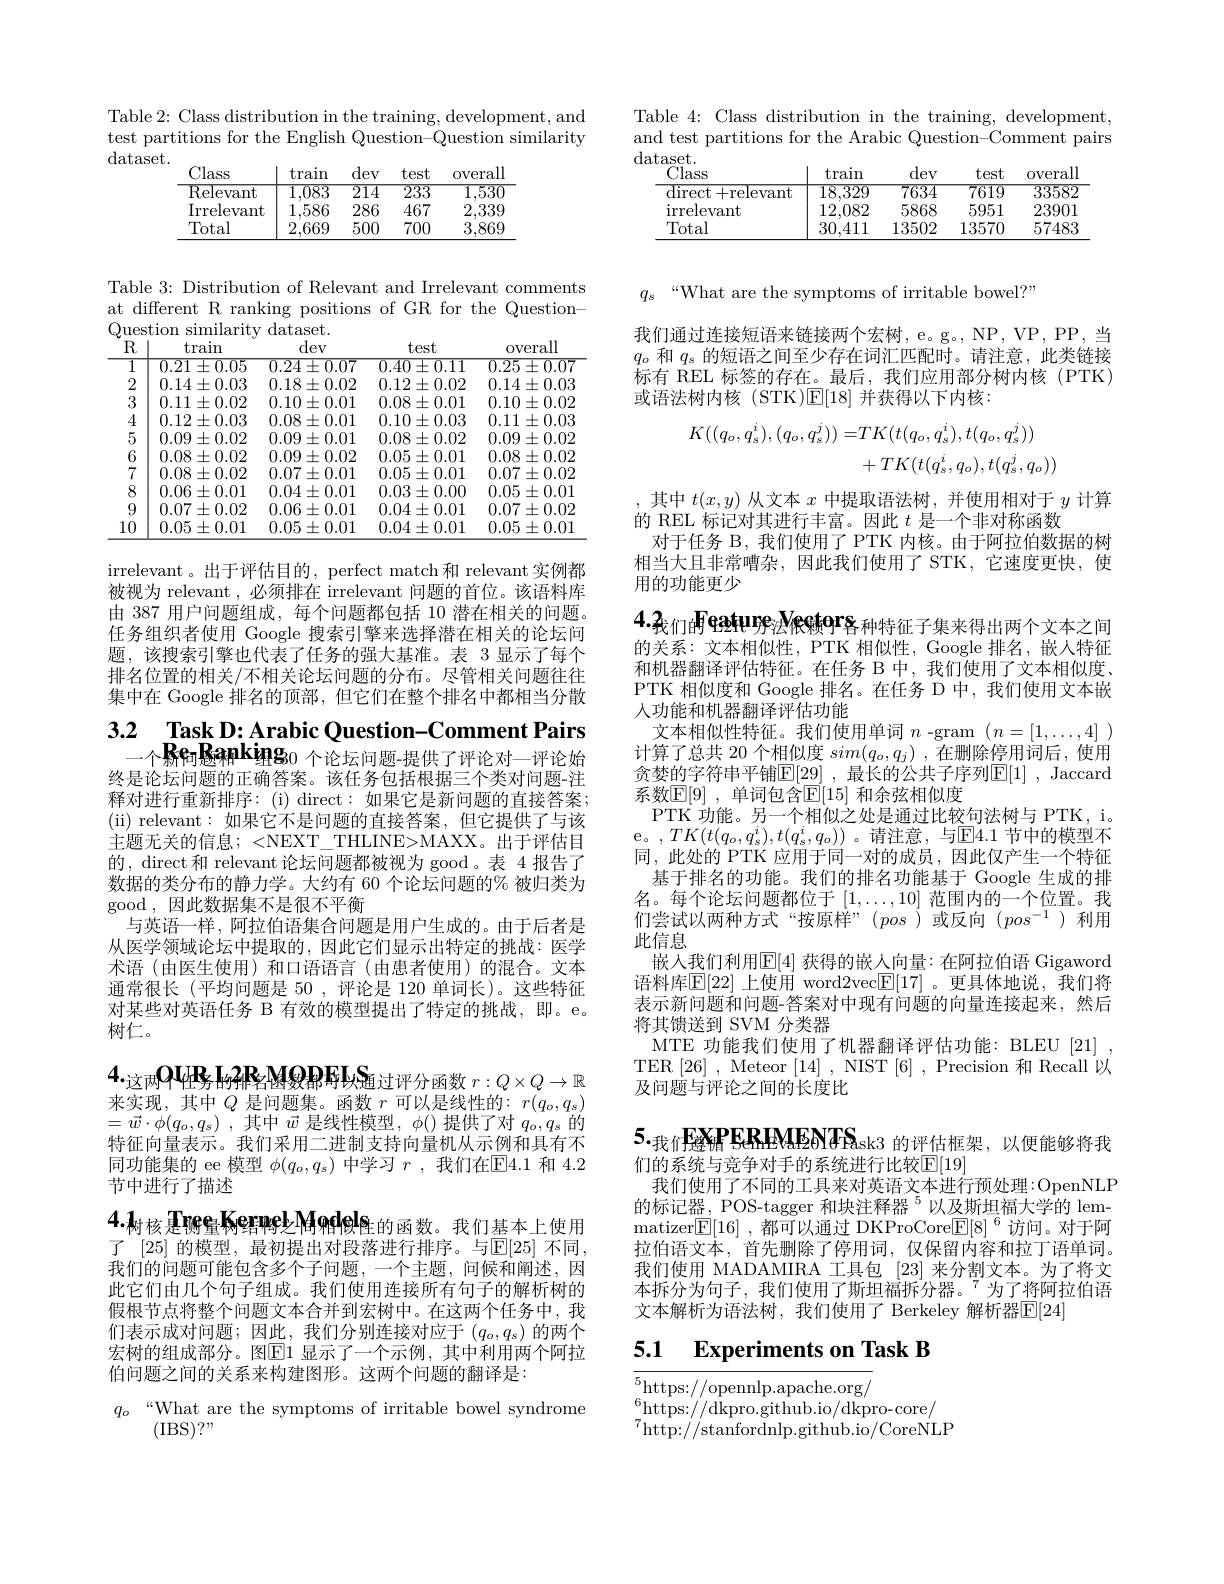
Table 2: Class distribution in the training, development, and test partitions for the English Question-Question similarity dataset.

<table>
	<tbody>
		<tr>
			<th>Class</th>
			<th>$\tan$</th>
			<th>dev</th>
			<th>test</th>
			<th>OVerall</th>
		</tr>
		<tr>
			<td>Relevant</td>
			<td>$\overline{1,083}$</td>
			<td>214</td>
			<td>233</td>
			<td>1,530</td>
		</tr>
		<tr>
			<td>Irrelevant</td>
			<td>1,586</td>
			<td>286</td>
			<td>467</td>
			<td>2,339</td>
		</tr>
		<tr>
			<td>Total</td>
			<td>2,669</td>
			<td>500</td>
			<td>700</td>
			<td>3,869</td>
		</tr>
	</tbody>
</table>

Table 3: Distribution of Relevant and Irrelevant comments
at different R
positions of GR for the Question-
<table>
	<tbody>
		<tr>
			<th>$\because$ues $\angle$ R</th>
			<th>tion similarity train</th>
			<th>dataset. dev</th>
			<th>test</th>
			<th>overall</th>
		</tr>
		<tr>
			<td>1</td>
			<td>$0.21\pm0.05$</td>
			<td>$0.24\pm0.07$</td>
			<td>$0.40\pm0.11$</td>
			<td>$0.25\pm0.07$</td>
		</tr>
		<tr>
			<td>2</td>
			<td>$0.14\pm0.03$</td>
			<td>$0.18\pm0.02$</td>
			<td>$0.12\pm0.02$</td>
			<td>$0.14\pm0.03$</td>
		</tr>
		<tr>
			<td>3</td>
			<td>0.11 $\pm0.02$</td>
			<td>$0.10\pm0.01$</td>
			<td>0.08 $\pm0.01$ </td>
			<td>0.10 $\pm0.02$ 1</td>
		</tr>
		<tr>
			<td>4</td>
			<td>0.12 $2\pm0.03$</td>
			<td>0.08 $\pm0.01$ $n$ -</td>
			<td>$0.10\pm0.03$</td>
			<td>0.11 $\pm0.03$</td>
		</tr>
		<tr>
			<td>5</td>
			<td>0.09 $\pm0.02$</td>
			<td>0.09 $\pm0.01$</td>
			<td>0.08 $\pm0.02$ I</td>
			<td>0.09 $\pm0.02$</td>
		</tr>
		<tr>
			<td>6</td>
			<td>0.08 $\pm0.02$</td>
			<td>0.09 $\pm0.02$ -</td>
			<td>$0.05\pm0.01$</td>
			<td>0.08 $\pm0.02$</td>
		</tr>
		<tr>
			<td>7</td>
			<td>0.08 $\pm0.02$</td>
			<td>0.07 $\pm0.01$</td>
			<td>$0.05\pm0.01$</td>
			<td>0.07 $\pm0.02$</td>
		</tr>
		<tr>
			<td>8</td>
			<td>0.06 $\pm0.01$</td>
			<td>$0.04\pm0.01$</td>
			<td>0.03 $3\pm0.00$ 1 、 、</td>
			<td>0.05 $\pm0.01$</td>
		</tr>
		<tr>
			<td>9</td>
			<td>0.07 $\pm0.02$</td>
			<td>0.06 $\pm0.01$ -</td>
			<td>$0.04\pm0.01$</td>
			<td>0.07 $\pm0.02$</td>
		</tr>
		<tr>
			<td>10</td>
			<td>0.05 $\pm0.01$</td>
			<td>0.05 $\pm0.01$</td>
			<td>$0.04\pm0.01$</td>
			<td>0.05 $\pm0.01$</td>
		</tr>
	</tbody>
</table>

irrelevant 。出于评估目的，perfect match 和 relevant 实例都被视为 relevant , 必须排在 irrelevant 问题的首位。该语料库由 387 用户问题组成，每个问题都包括 10 潜在相关的问题。任务组织者使用 Google 搜索引擎来选择潜在相关的论坛问题，该搜索引擎也代表了任务的强大基准。表 3 显示了每个排名位置的相关/不相关论坛问题的分布。尽管相关问题往往集中在 Google 排名的顶部，但它们在整个排名中都相当分散

3.2 $\textbf{Task D: Arabic Ouestion- Comment Pairs}$
一个桥向题和$\mathrm{king}_{0\text{ 个论坛问题-提供了评论对一评论始}}$

终是论坛问题的正确答案。该任务包括根据三个类对问题-注释对进行重新排序：(i) direct:如果它是新问题的直接答案； (ii) relevant:如果它不是问题的直接答案，但它提供了与该主题无关的信息；<NEXT\_THLINE>MAXX。出于评估目的，direct 和 relevant 论坛问题都被视为 good 。表 4 报告了数据的类分布的静力学。大约有 60 个论坛问题的% 被归类为good ,因此数据集不是很不平衡
与英语一样，阿拉伯语集合问题是用户生成的。由于后者是从医学领域论坛中提取的，因此它们显示出特定的挑战：医学术语(由医生使用)和口语语言(由患者使用)的混合。文本通常很长 (平均问题是 50 ,评论是 120 单词长)。这些特征对某些对英语任务 B 有效的模型提出了特定的挑战，即。e。树仁。

$4._\text{这两}{\mathrm{OU}}$怪的2R名图曼昂同$\mathbf{S} _\text{通 过 评 分 函 数 }r: Q\times Q\to \mathbb{R}$ 来实现，其中$Q$是问题集。函数$r$可以是线性的：$r(q_o,q_s)$

$4.1_\text{树核是Iffe Kerneb}{\mathrm{Modele}}_{\text{性的函数。我们基本上使用}}$

$= \vec{w} \cdot \phi ( q_{o}, q_{s})$ ,其中$\vec{w}$是线性模型$,\phi()$提供了对$q_o,q_s$的特征向量表示。我们采用二进制支持向量机从示例和具有不同功能集的 ee 模型$\phi(q_o,q_s)$中学习$r$ ,我们在$\mathbb{E}4.1$和 4.2节中进行了描述
了 [25] 的模型，最初提出对段落进行排序。与$\mathbb{E}[25]$ 不同， 我们的问题可能包含多个子问题，一个主题，问候和阐述，因此它们由几个句子组成。我们使用连接所有句子的解析树的假根节点将整个问题文本合并到宏树中。在这两个任务中，我们表示成对问题；因此，我们分别连接对应于$(q_o,q_s)$的两个宏树的组成部分。图$\overline{\mathrm{E}}$1 显示了一个示例，其中利用两个阿拉伯问题之间的关系来构建图形。这两个问题的翻译是：
$q_o$ “What are the symptoms of irritable bowel syndrome

(IBS$)?”$

<table>
	<tbody>
		<tr>
			<th>Table $4\colon$Class distri and test partitions for</th>
			<th>${\mathrm{bution}}$ $ir$ Ara the </th>
			<th>the $\tan\epsilon$ 1 bic Ques</th>
			<th>aining, ${\mathrm{tion-Con}}$</th>
			<th>${\mathrm{evelopment}}$ mment palr</th>
		</tr>
		<tr>
			<th>dataset. Class</th>
			<th>train</th>
			<th>dev</th>
			<th>test</th>
			<th>overall</th>
		</tr>
		<tr>
			<td>${\mathrm{direct}}$ +relevant</td>
			<td>18,329</td>
			<td>7634</td>
			<td>7619</td>
			<td>33582</td>
		</tr>
		<tr>
			<td>irrelevant</td>
			<td>12,082</td>
			<td>5868</td>
			<td>5951</td>
			<td>23901</td>
		</tr>
		<tr>
			<td>Total</td>
			<td>30,411</td>
			<td>13502</td>
			<td>13570</td>
			<td>57483</td>
		</tr>
	</tbody>
</table>

$q_s$ $“$What are the symptoms of irritable bowel?”

我们通过连接短语来链接两个宏树，e。g。, NP, VP, PP, 当$q_o$和$q_s$的短语之间至少存在词汇匹配时。请注意，此类链接标有 REL 标签的存在。最后，我们应用部分树内核(PTK) 或语法树内核(STK)$\mathbb{E}[18]$并获得以下内核：
$$\begin{aligned}K((q_{o},q_{s}^{i}),(q_{o},q_{s}^{j}))=&TK(t(q_{o},q_{s}^{i}),t(q_{o},q_{s}^{j}))\\&+TK(t(q_{s}^{i},q_{o}),t(q_{s}^{j},q_{o}))\end{aligned}$$
其中$t(x,y)$从文本$x$中提取语法树，并使用相对于$y$计算
的 REL 标记对其进行丰富。因此$t$是一个非对称函数
对于任务 B, 我们使用了 PTK 内核。由于阿拉伯数据的树相当大且非常嘈杂，因此我们使用了 STK,它速度更快，使用的功能更少

$4.3_\text{我们的Feapure}N$estors种特征子集来得出两个文本之间的关系：文本相似性，PTK 相似性，Google 排名，嵌人特征

和机器翻译评估特征。在任务 B 中，我们使用了文本相似度、 PTK 相似度和 Google 排名。在任务 D 中，我们使用文本嵌人功能和机器翻译评估功能
文本相似性特征。我们使用单词$n$ -gram $(n=[1,\ldots,4])$ 计算了总共 20 个相似度$sim(q_o,q_j)$ ,在删除停用词后，使用贪婪的字符串平铺$\mathbb{E}[\underline29]$ ,最长的公共子序列$\mathbb{E}[1]$ ,Jaccard 系数$\mathbb{E}[9]$ ,单词包含$\mathbb{E}[15]$ 和余弦相似度
PTK 功能。另一个相似之处是通过比较句法树与 PTK, i。$\begin{array}{l}\mathrm{e。,TK(t(q_{o},q_{s}^{i}),t(q_{s}^{i},q_{o}))}&\text{。请注意，与E4.1 节中的模型不}\\\\\mathrm{e。,TK(t(q_{o},q_{s}^{i}),t(q_{s}^{i},q_{o}))}&\text{。请注意，与E4.1 节中的模型不}\\\mathrm{e。,TK(t(q_{o},q_{s}^{i}),t(q_{s}^{i},q_{o}))}&\text{。请注意，与E4.1 节中的模型不}\\\mathrm{e.}&\mathrm{,TK(t(q_{o},q_{s}^{i}),t(q_{s}^{i},q_{o})}\end{array}$ 同，此处的 PTK 应用于同一对的成员，因此仅产生一个特征基于排名的功能。我们的排名功能基于 Google 生成的排名。每个论坛问题都位于$[1,\ldots,10]$范围内的一个位置。我们尝试以两种方式“按原样”(pos)或反向($pos^-1$)利用此信息
嵌入我们利用$\mathbb{E}[4]$ 获得的嵌人向量：在阿拉伯语 Gigaword 语料库$\mathbb{E}[22]$ 上使用 word2vec$\mathbb{E}[17]$ 。更具体地说，我们将表示新问题和问题-答案对中现有问题的向量连接起来，然后将其馈送到 SVM 分类器
MTE 功能我们使用了机器翻译评估功能：BLEU [21] TER[26], Meteor[14], NIST[6], Precision 和 Recall 以及问题与评论之间的长度比

$5._\text{我们}{\mathrm{F}}_{\text{CHPERHMEN}}$TSask3 的评估框架，以便能够将我

们的系统与竞争对手的系统进行比较$\overline{\mathbb{E}}[19]$
我们使用了不同的工具来对英语文本进行预处理：OpenNLP 的标记器，POS-tagger 和块注释器 $^{5}$以及斯坦福大学的 lemmatizer$\boxed{\mathbb{F}}[16]$ ,都可以通过 DKProCore$\boxed{\mathbb{E}}[8]^6$访问。对于阿拉伯语文本，首先删除了停用词，仅保留内容和拉丁语单词。我们使用 MADAMIRA 工具包[23]来分割文本。为了将文本拆分为句子，我们使用了斯坦福拆分器。$^{7}$为了将阿拉伯语文本解析为语法树，我们使用了 Berkeley 解析器$\overline{\mathrm{E}}[24]$

# 5.1 Experiments on Task B

$\overline{{^5\text{https:}//\mathrm{opennlp.apache.org/}}}$
$^{6}$https://dkpro.github.io/dkpro-core/
$^{7}$http: / / stanfordnlp. github. io/ CoreNLP